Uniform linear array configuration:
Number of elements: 32
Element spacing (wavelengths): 0.75
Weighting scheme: exponential
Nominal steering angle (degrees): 30
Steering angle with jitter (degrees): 29.48
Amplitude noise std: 0.05
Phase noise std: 0.05

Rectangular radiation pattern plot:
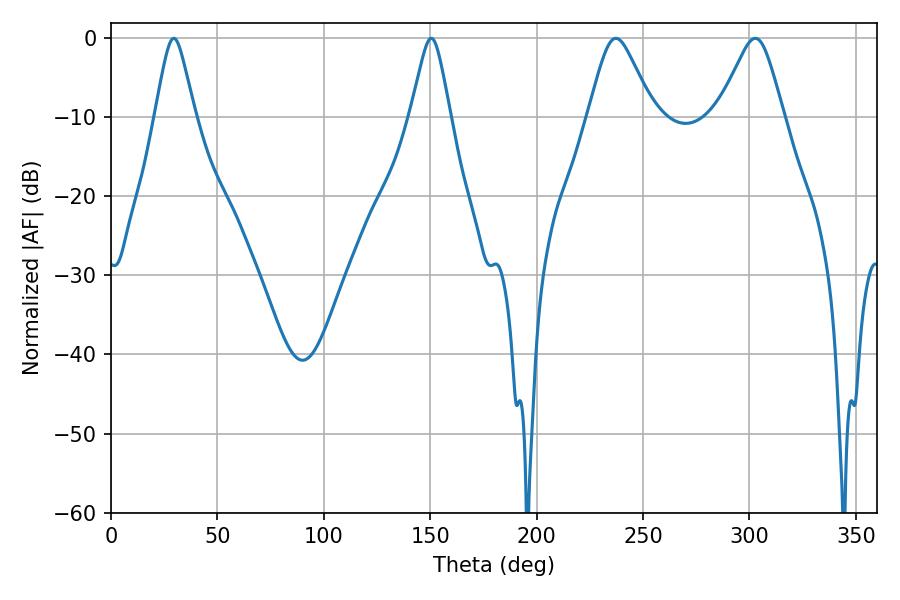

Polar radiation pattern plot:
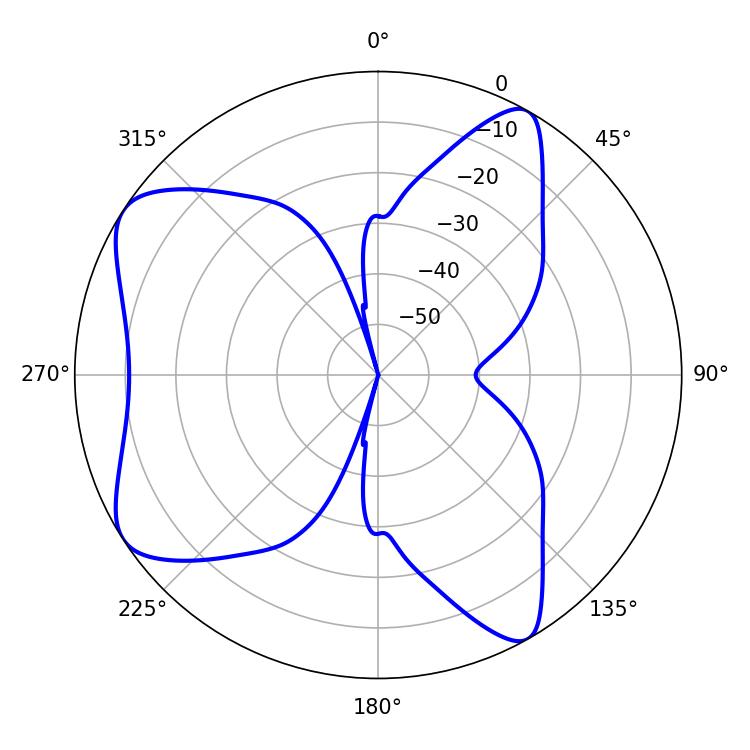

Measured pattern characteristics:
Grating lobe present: TRUE
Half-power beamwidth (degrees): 14.58
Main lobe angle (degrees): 237.24